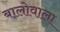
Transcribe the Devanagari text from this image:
बालोवाला